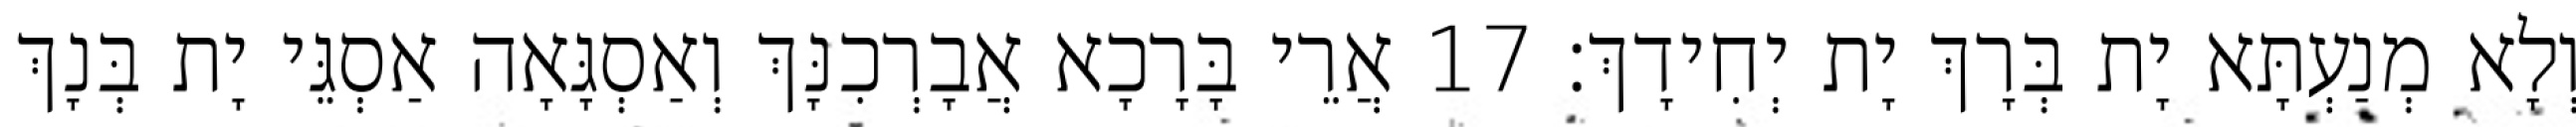
וְלָא מְנַעְתָּא יָת בְּרָךְ יָת יְחִידָךְ׃ 17 אֲרֵי בָּרָכָא אֲבָרְכִנָּךְ וְאַסְגָּאָה אַסְגֵּי יָת בְּנָךְ